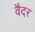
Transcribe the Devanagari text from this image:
वैदर